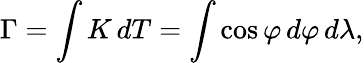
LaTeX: \Gamma=\int K\, dT=\int\cos\varphi\, d\varphi\, d\lambda,